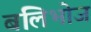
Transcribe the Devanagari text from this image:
बलिभोज